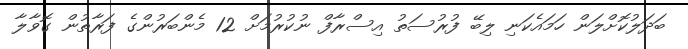
ބަދަލުުކޮށްލަން ހަމައެކަނި ލިބޭ ފުރުސަތު އިސްރާފް ނުކުރުމަށް 12 މެންބަރުންގެ ފަރާތުން ގޮވާލާ